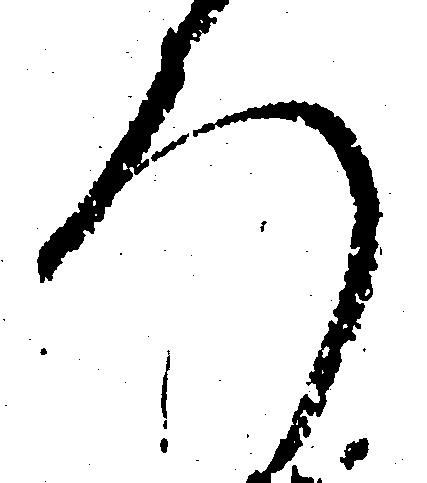
ろ